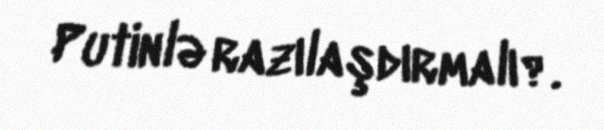
Putinlə razılaşdırmalı?.